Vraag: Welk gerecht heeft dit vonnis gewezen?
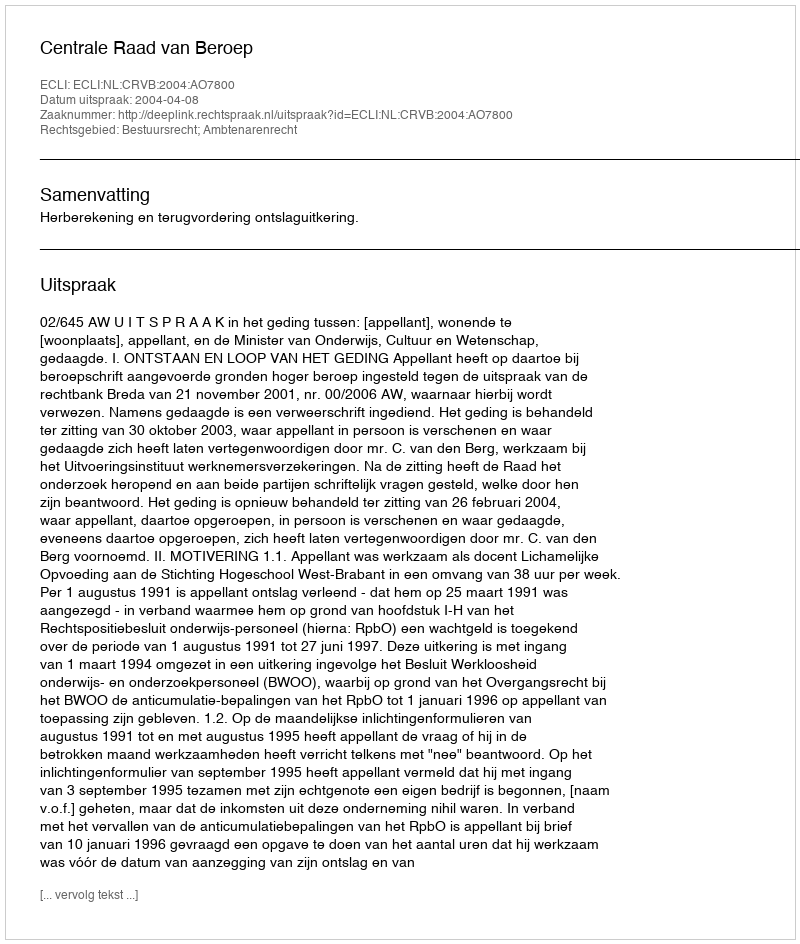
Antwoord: Centrale Raad van Beroep